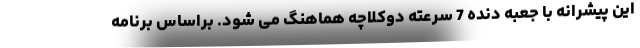
این پیشرانه با جعبه دنده 7 سرعته دوکلاچه هماهنگ می شود. براساس برنامه